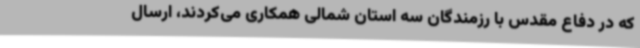
که در دفاع مقدس با رزمندگان سه استان شمالی همکاری می‌کردند، ارسال